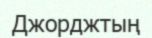
Джорджтың